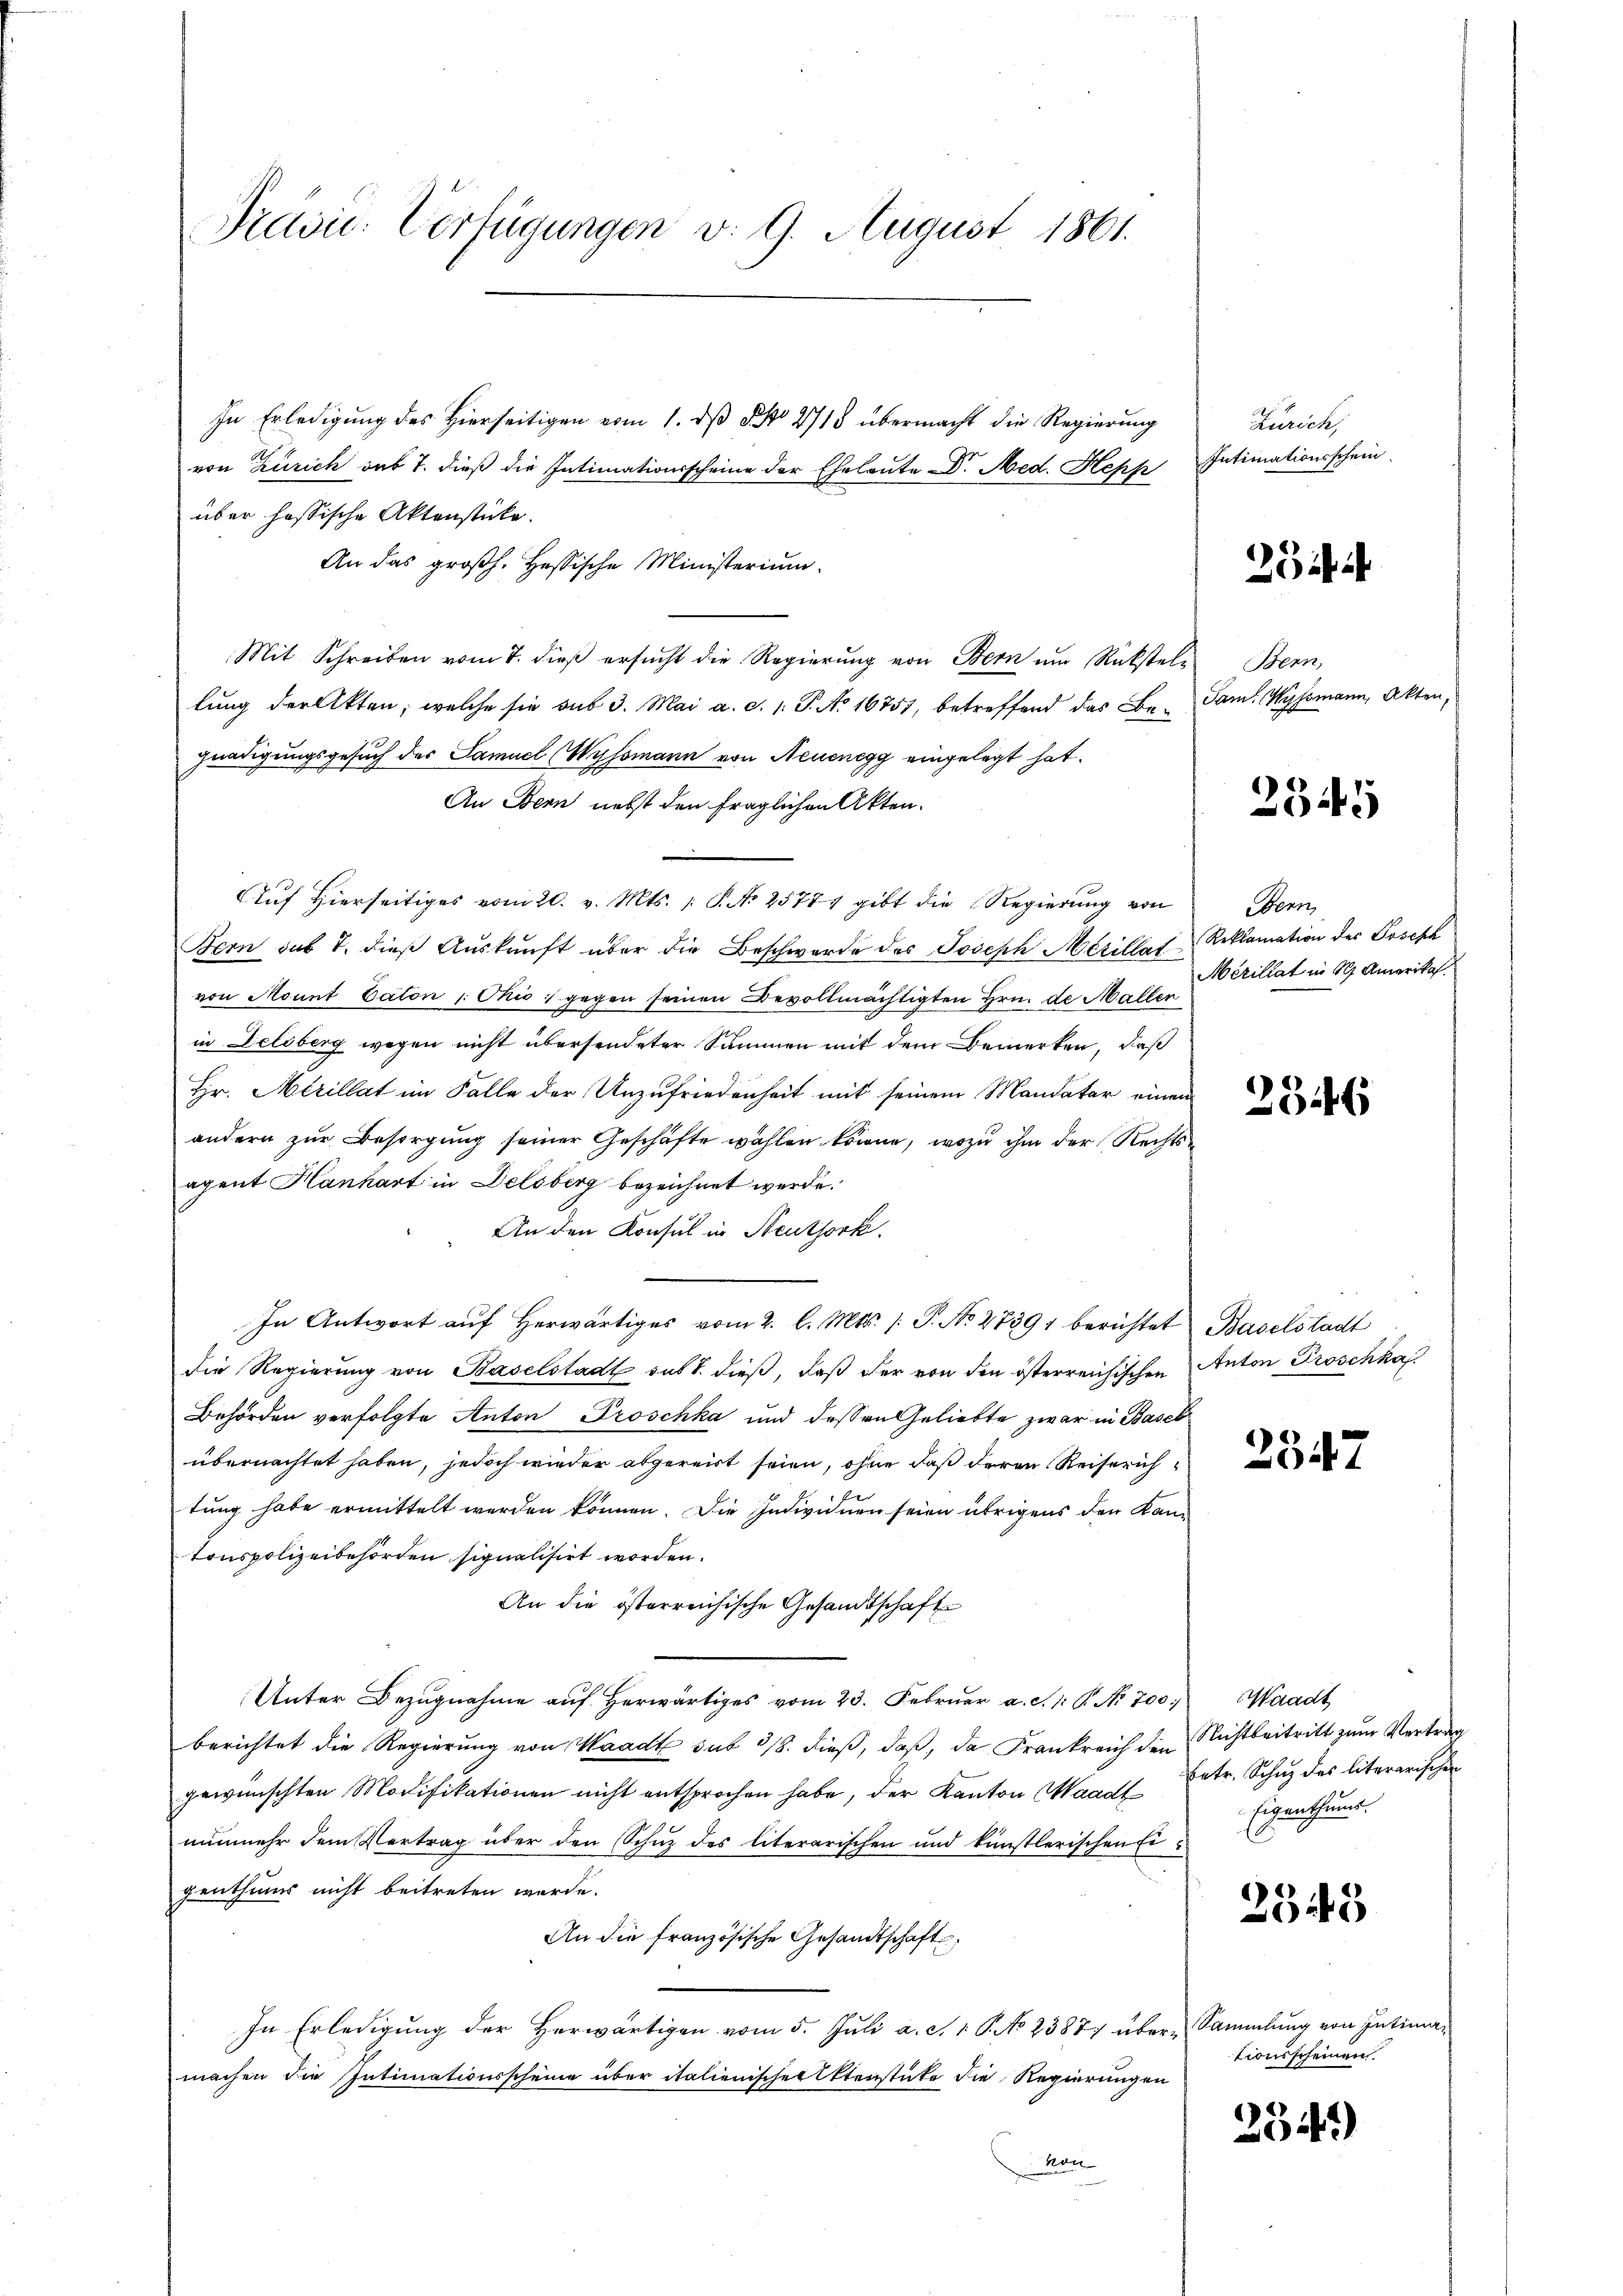
Prävi: Verfügungen v. 9. August 1861.

In Erledigung des Hierseitigen vom 1. dβ No 2718 übermacht die Regierung
über hassische Aktenstücke.
An das großh. Hessische Ministerium.
Mit Schreiben vom 7. dieß ersucht die Regierung von Bern um Rückstellung der Akten, welche sie sub 3. Mai a. d. 1. P. No 16757, betreffend das Be- Tam. Wyssmann, Akten,
gnadigungsgesuch der Samuel Wyssmann von Neuenegg eingelegt hat.
An Bern nebst den fraglichen Akten.
Auf hierseitiges vom 20. v. Mts. S. No 25771 gibt die Regierŭng von
Bern sub 7. dies Auskunft über die Beschwerde des Joseph Merillat Reklamation des Joseph
von Mount Caton Ohio ; gegen seinen Bevollmächtigten Hrn. de Maller
in Delsberg wegen nicht übersendeter Summen mit dem Bemerken, daß
Hr. Merillat im Falle der Unzufriedenheit mit seinem Mandatar einem
andern zur Besorgung seiner Geschäfte wählen könne, wozu ihm der Rechtsagent Hanhart in Delsberg bezeichnet werde.
An den Konsul in Neuthork.
In Antwort auf herwärtiges vom 2. l. Mts. s. P. No. 27391 berichtet Baselstadt
die Regierung von Baselstadt sub 8. dieß, daß der von den österreichischen Anton Droschka
Behörden verfolgte Anton Proschka und dessen Geliebte zwar in Basel
übernachtet haben, jedoch wieder abgereit seien, ohne daß deren Reiserich
tung habe ermittelt werden können. Die Individuen seien übrigens den Kantonspolizeibehörden signalisirt worden.
An die österreichische Gesandtschaft
Unter Bezŭgnahme aŭf herwärtiges vom 23. Febrŭar a. d. 1. P. Nr. 700
berichtet die Regierung von Waadt sub 318. dieß, daß, da Frankreich den Nichtbeitritt zum Vertrag
gewünschten Modifikationen nicht entsprochen habe, der Kanton Waadt betr. Schŭ des literarischen
nŭnmehr dem Vertrag über den Schutz des literarischen und künstlerischen Eigenthums nicht beitreten werde.
An die französische Gesandtschaft,
In Erledigung der Herwärtigen vom 5. Juli a. c. 1 P. No 2387) über-Sammlung von Intima-
machen die Intimationsscheine über italienischer Aktenstücke die Regierungen
Man

von Zürich sub 7. dieß die Intimationsscheine der Eheleute Dr. Med. Hepp Intimationsschein

Zürich,

25

Bern,

234

benn
Mérillat in St. Amerikaf

286

2547

Waadt
Eigenthum.

2545

tionsscheinen.

2349)